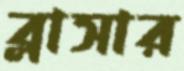
ব্লাসার